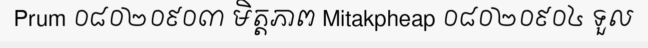
Prum ០៨០២០៩០៣ មិត្តភាព Mitakpheap ០៨០២០៩០៤ ទួល